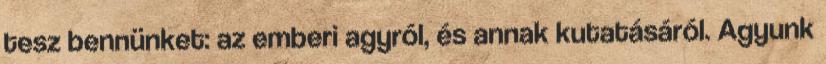
tesz bennünket: az emberi agyról, és annak kutatásáról. Agyunk